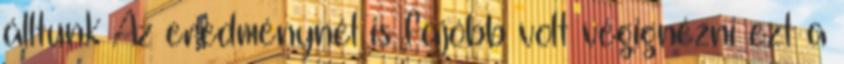
álltunk Az eredménynél is fájóbb volt végignézni ezt a